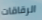
الرقاقات